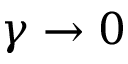
\gamma \rightarrow 0